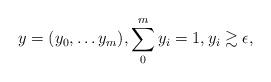
LaTeX: \begin{align*}y=(y_0,\ldots y_m),\sum_0^m y_i=1, y_i\gtrsim \epsilon, \end{align*}